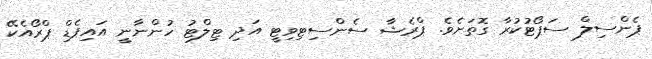
ޕެންސިލް ސަޕޯޓުކުރާ ގޮތަށެވެ. ޕްރެޝާ ސެންސިޓިވިޓީ އަދި ޓިލްޓު ހުންނާނީ އައިޕެޑް ޕްރޯއެކޭ